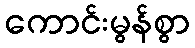
ကောင်းမွန်စွာ